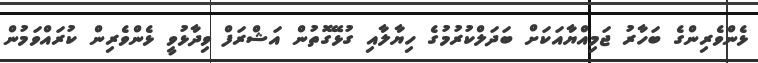
ޅެންވެރިންގެ ބަހާރު ޖަމިއްޔާއަކަށް ބަދަލްކުރުމުގެ ހިޔާލާއި ގުޅޭގޮތުން އަޝްރަފް ވިދާޅުވީ ޅެންވެރިން ކުރައްވަމުން